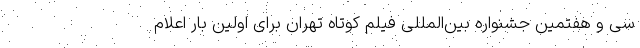
سی و هفتمین جشنواره بین‌المللی فیلم کوتاه تهران برای اولین بار اعلام